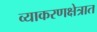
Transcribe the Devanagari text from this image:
व्याकरणक्षेत्रात